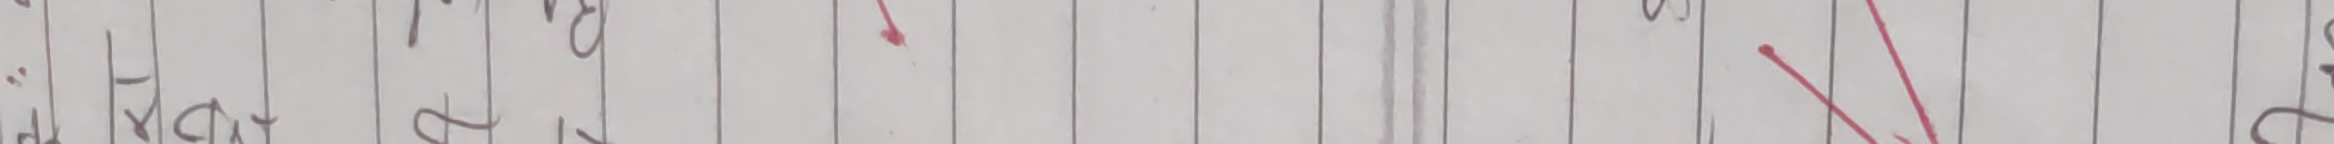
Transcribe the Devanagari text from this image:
य